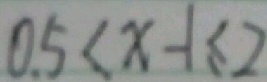
0 . 5 < x - 1 \leq 2